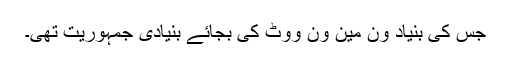
جس کی بنیاد ون مین ون ووٹ کی بجائے بنیادی جمہوریت تھی۔